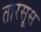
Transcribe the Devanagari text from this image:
तारसूस